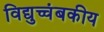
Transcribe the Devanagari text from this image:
विद्युच्चंबकीय